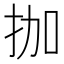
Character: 拁